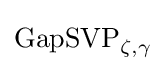
\operatorname {GapSVP} _{\zeta ,\gamma }